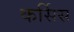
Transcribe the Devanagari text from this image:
कर्सिस